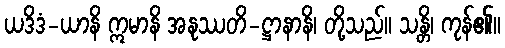
ယဒိဒံ-ယာနိ ဣမာနိ အနုဿတိ-ဋ္ဌာနာနိ၊ တို့သည်။ သန္တိ၊ ကုန်၏။